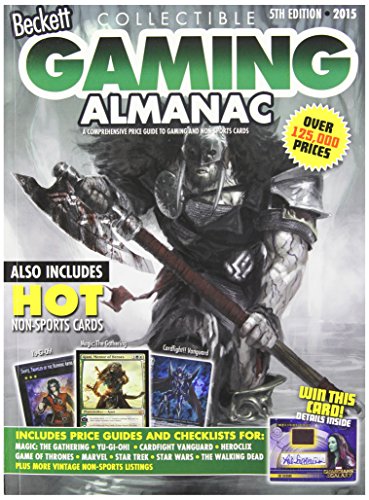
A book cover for Beckett Collectible Gaming Almanac 2015: A Comprehensive Price Guide to Gaming and Non-Sports Cards; Crafts, Hobbies & Home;